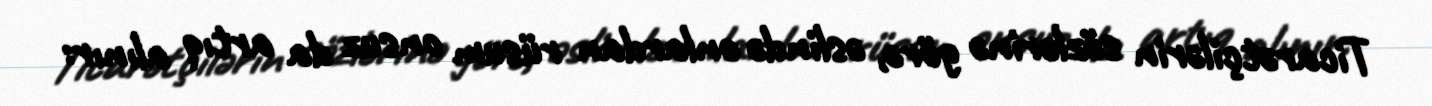
Ticarətçilərin sözlərinə görə, əslində onlardan rüsum onsuz da artıq alınır: